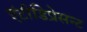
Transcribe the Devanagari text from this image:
एंटीडिप्रेसन्ट